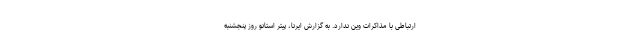
ارتباطی با مذاکرات وین ندارد. به گزارش ایرنا، پیتر استانو روز پنجشنبه